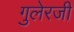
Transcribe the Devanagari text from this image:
गुलेरजी